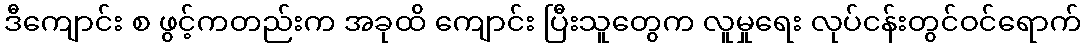
ဒီကျောင်း စ ဖွင့်ကတည်းက အခုထိ ကျောင်း ပြီးသူတွေက လူမှုရေး လုပ်ငန်းတွင်ဝင်ရောက်